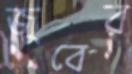
জুবের